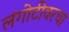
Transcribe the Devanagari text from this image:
लंगोटीवरचा